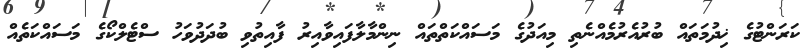
ކަރަންޓުގެ ޚިދުމަތައް ބުރުއެރުމެއްނެތި މިއަދުގެ މަސައްކަތްތައް ނިންމާލާފައިވާއިރު ފާއިތުވި ބުދަދުވަހު ސްޓެލްކޯގެ މަސައްކަތެއް